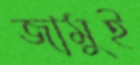
জামুই